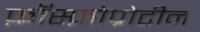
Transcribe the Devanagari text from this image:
फ़ॉस्फ़ोप्रोटीन